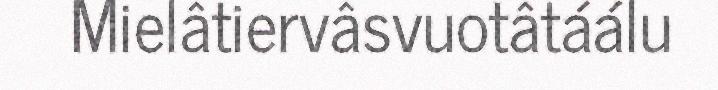
Mielâtiervâsvuotâtáálu